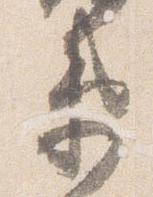
衛